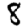
Digit: 8